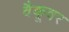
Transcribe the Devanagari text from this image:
वैकूवर